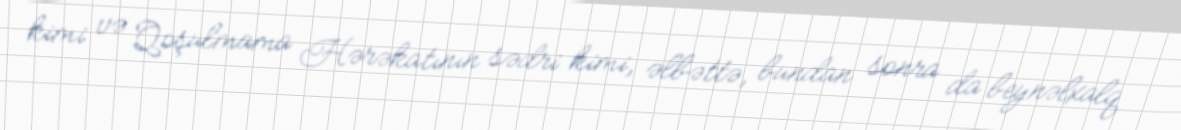
kimi və Qoşulmama Hərəkatının sədri kimi, əlbəttə, bundan sonra da beynəlxalq